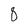
Character: 8